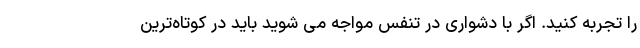
را تجربه کنید. اگر با دشواری در تنفس مواجه می شوید باید در کوتاه‌ترین